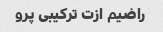
راضیم ازت ترکیبی پرو